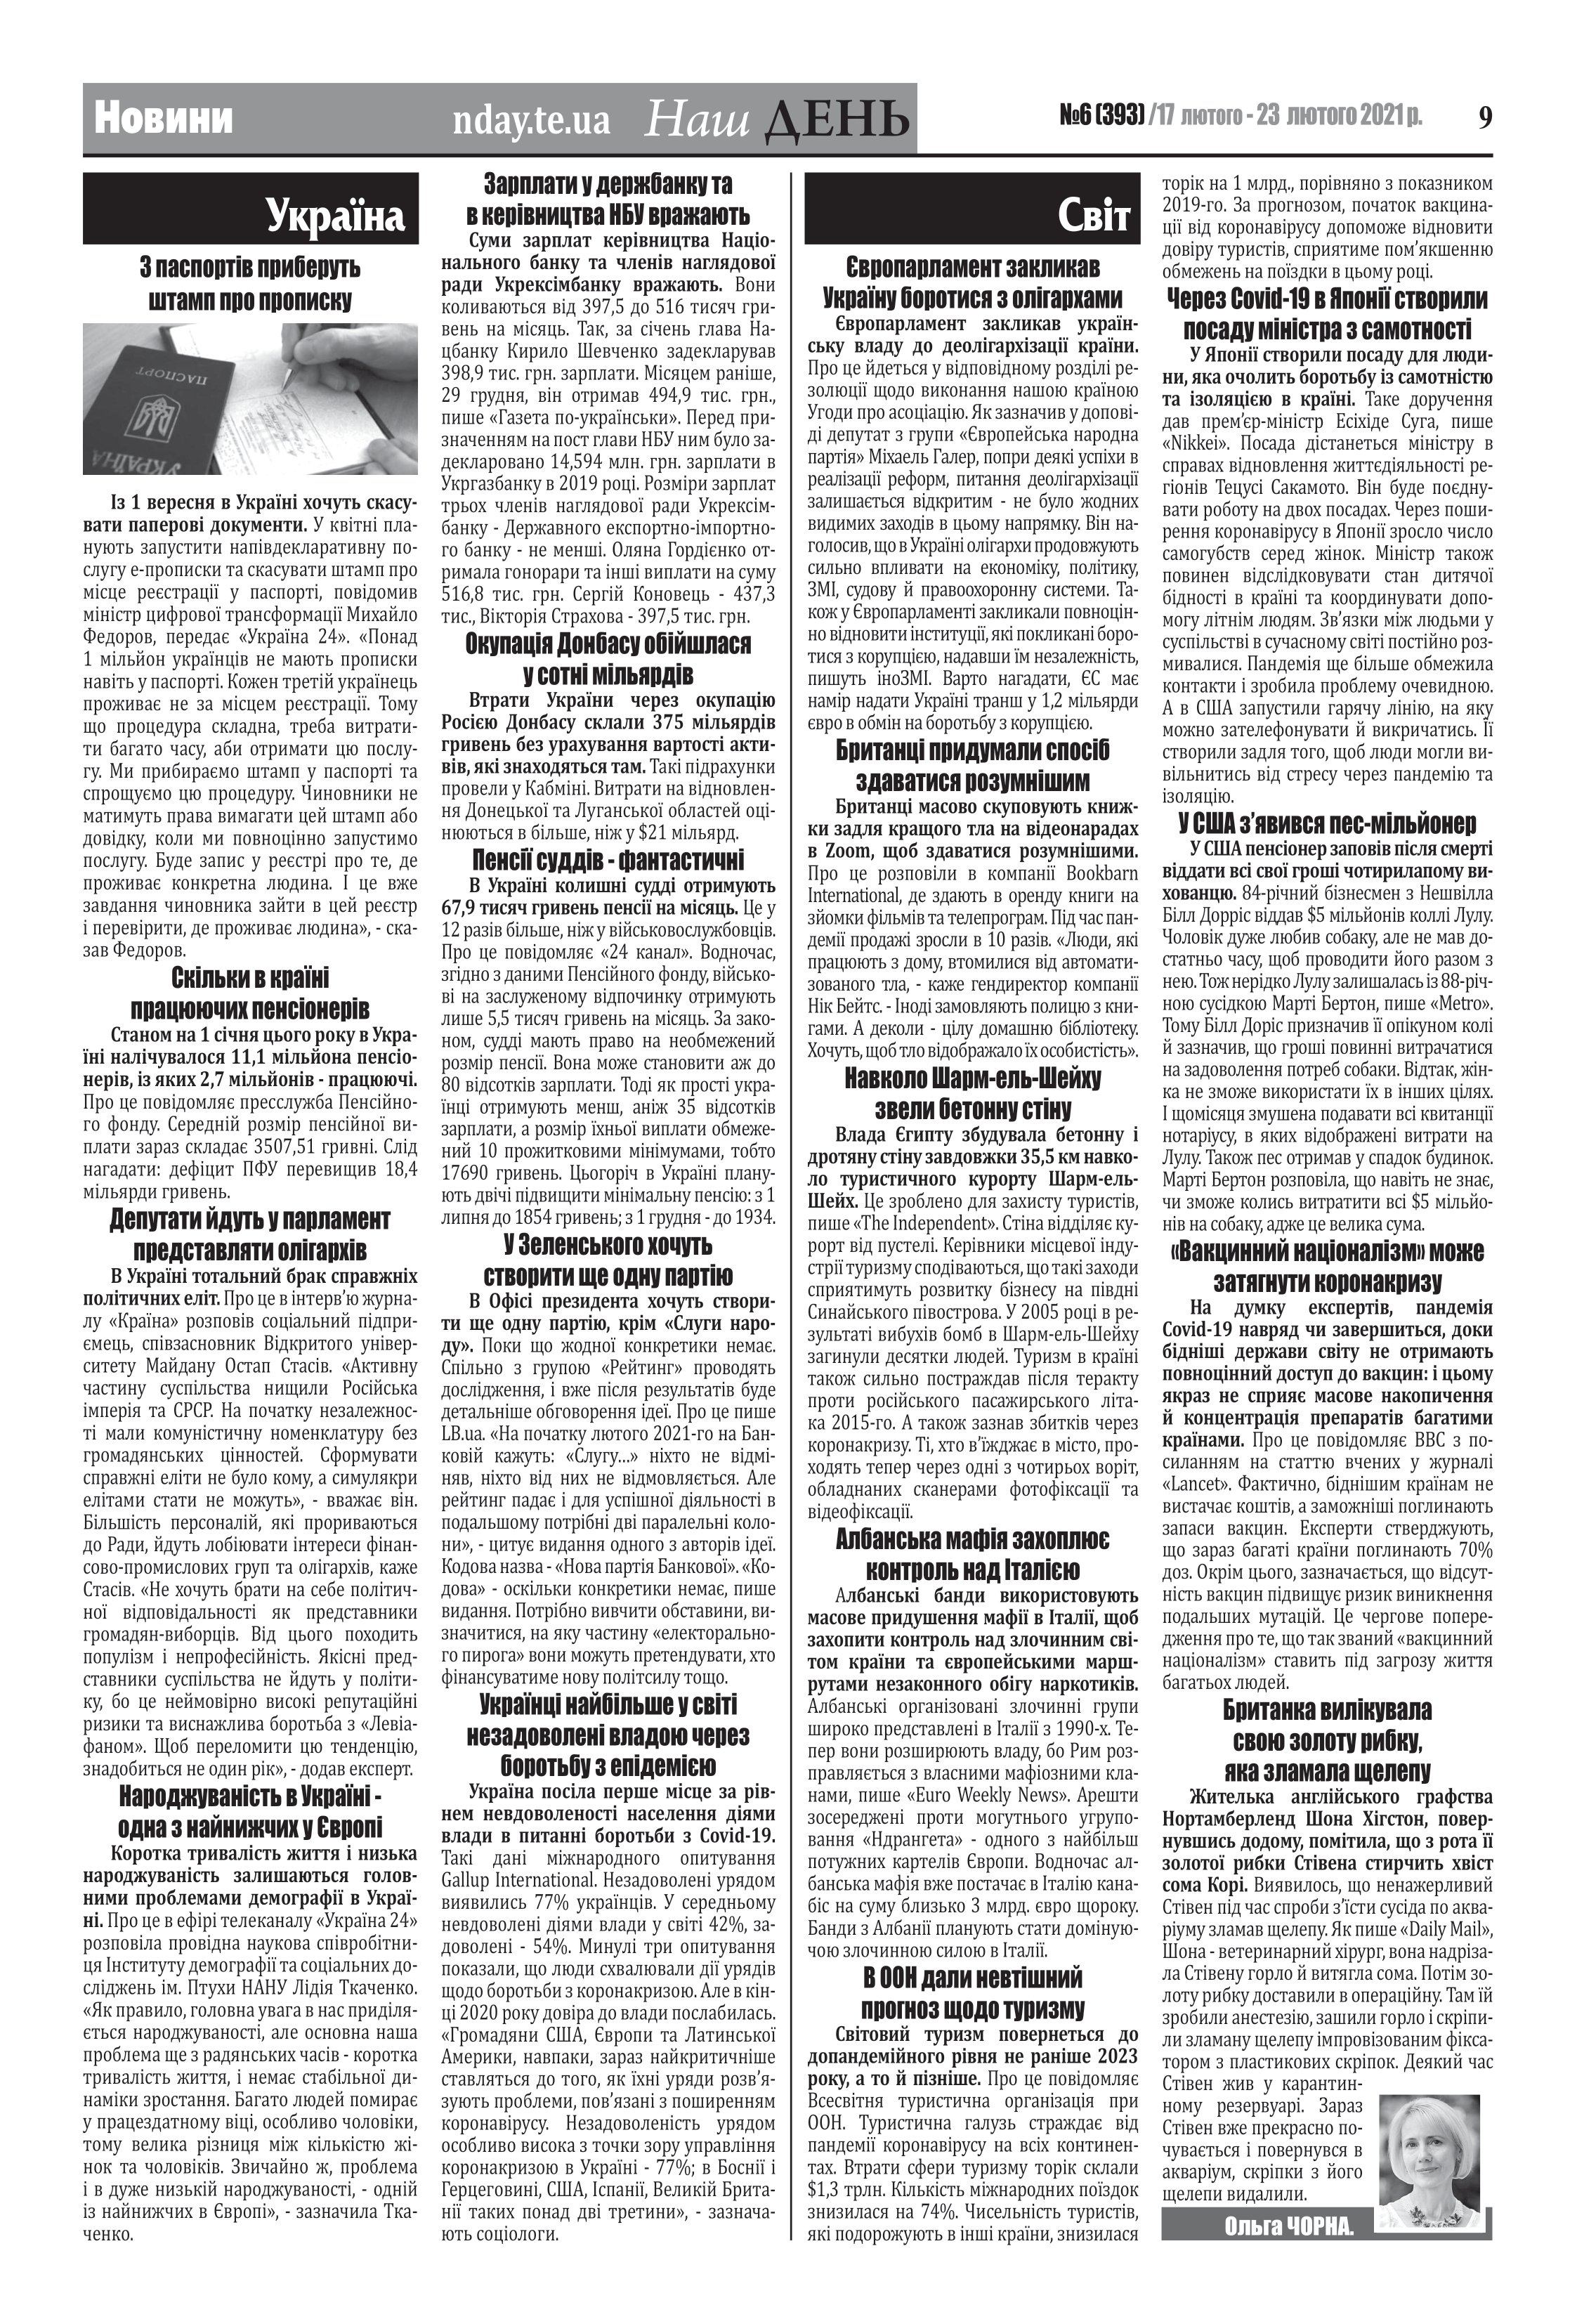
Language: uk